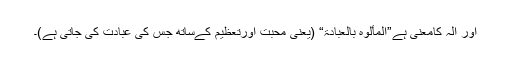
اور الہ کامعنی ہے”المألوہ بالعبادۃ“ (یعنی محبت اورتعظیم کےساتھ جس کی عبادت کی جاتی ہے)۔